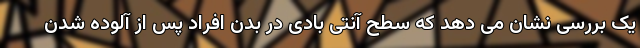
یک بررسی نشان می دهد که سطح آنتی بادی در بدن افراد پس از آلوده شدن